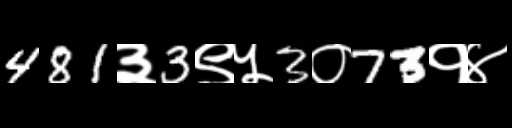
Text: 481३3९५3०73१४